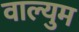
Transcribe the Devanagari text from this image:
वाल्युम